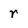
Character: r